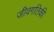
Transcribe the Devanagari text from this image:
जीवगतिकी